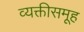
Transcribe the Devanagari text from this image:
व्यक्तीसमूह